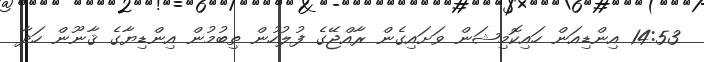
14:53 އިންޑިއަން ހައިކޮމިޝަން ވަށައިގެން ރާއްޖޭގެ ފުލުހުން ތިބުމުން އިންޑިޔާގެ ޤާނޫން ހަދާ